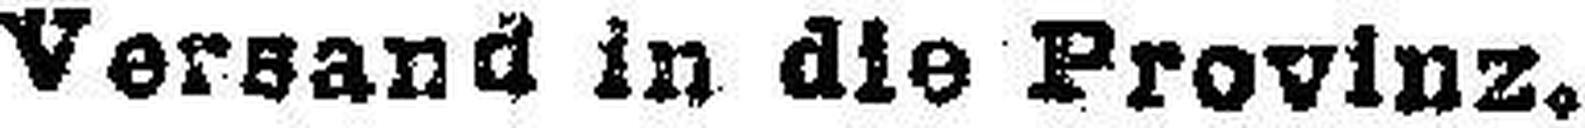
Versand in die Provinz.